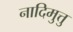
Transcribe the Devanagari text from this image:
नादिमुत्तु